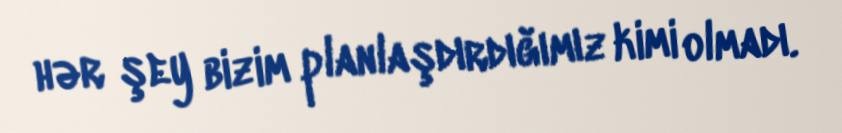
hər şey bizim planlaşdırdığımız kimi olmadı.